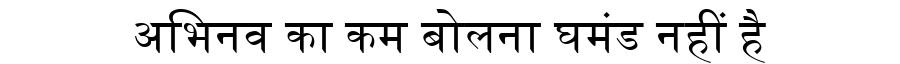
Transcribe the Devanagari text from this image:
अभिनव का कम बोलना घमंड नहीं है